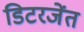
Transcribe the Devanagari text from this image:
डिटरजेंत